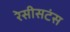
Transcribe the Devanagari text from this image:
रेसीसटंस